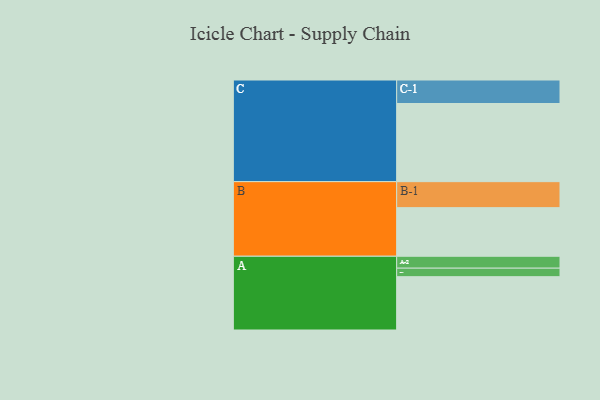
{"axis": {"x": "Segment", "y": "Value"}, "legend": ["", "A", "B", "C"], "data": [{"x": "A", "y": 363, "type": ""}, {"x": "B", "y": 331, "type": ""}, {"x": "C", "y": 532, "type": ""}, {"x": "A-1", "y": 58, "type": "A"}, {"x": "A-2", "y": 81, "type": "A"}, {"x": "B-1", "y": 177, "type": "B"}, {"x": "C-1", "y": 160, "type": "C"}]}